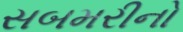
સબમરીનો